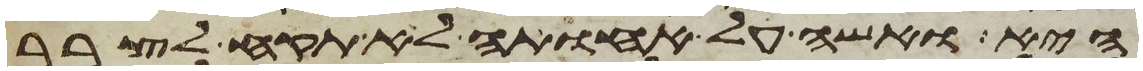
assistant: היא ואשה על אחותה לא תקח לצרר